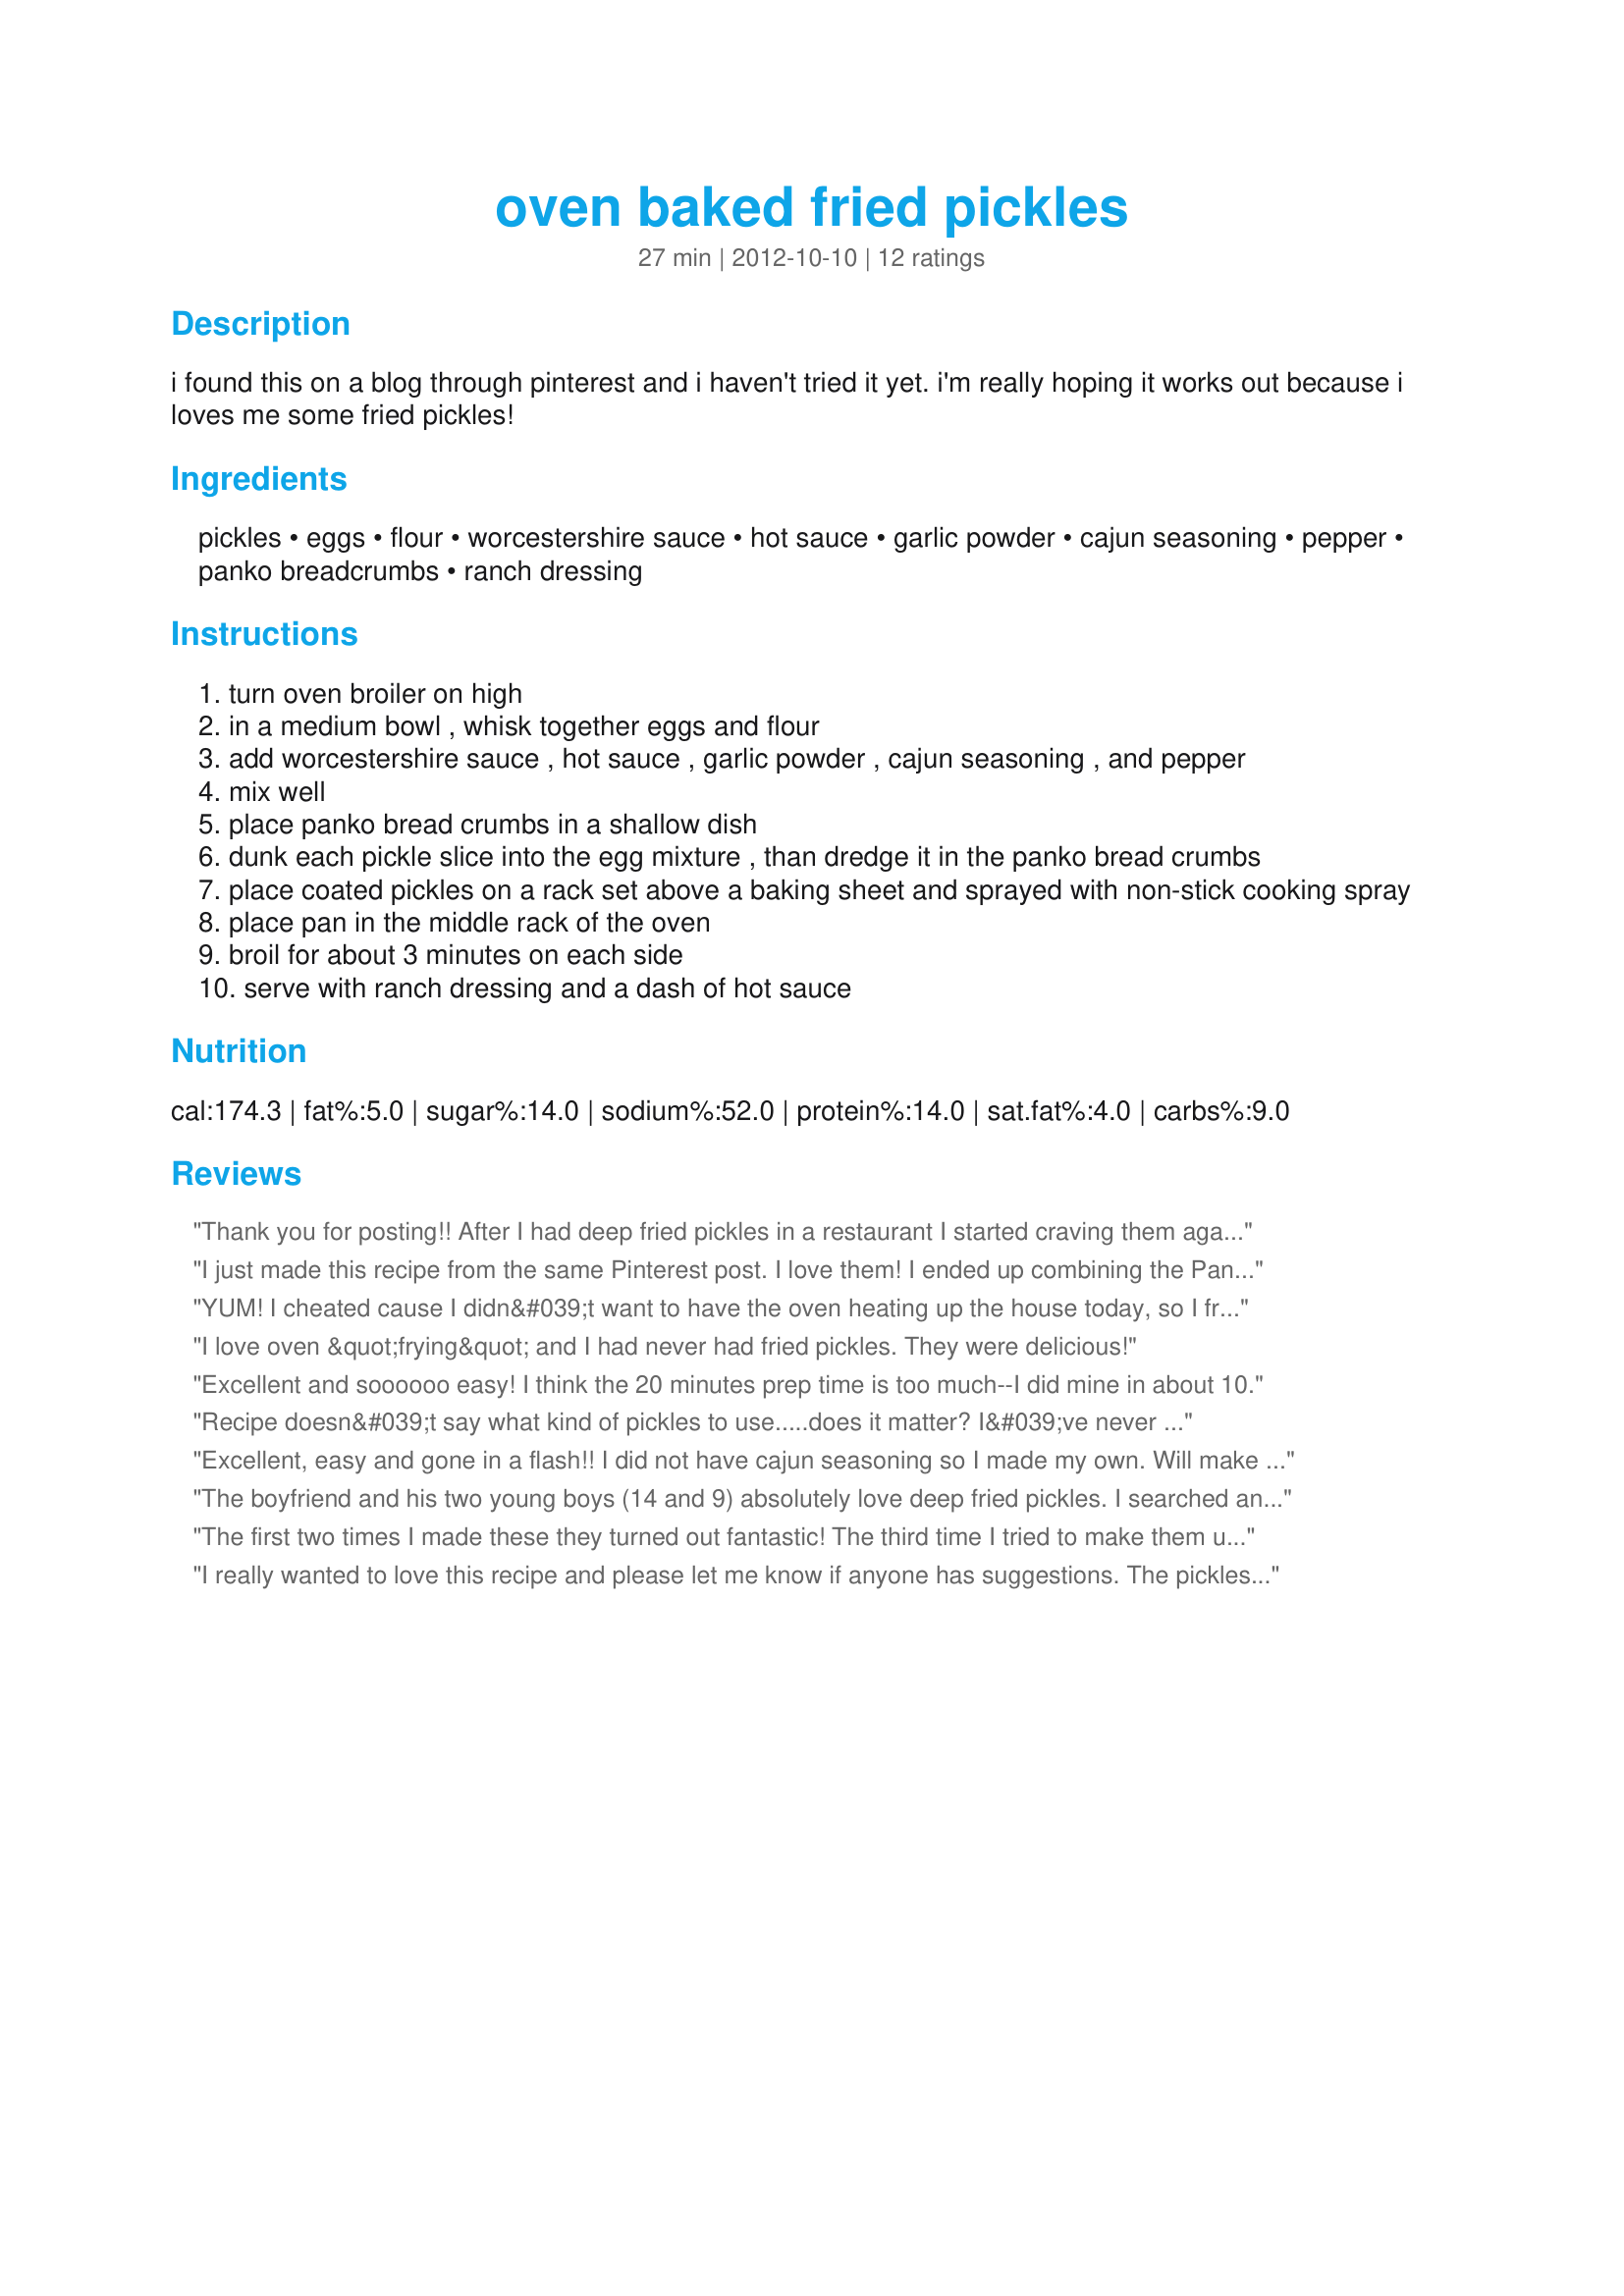
oven baked fried pickles
Preparation time: 27 minutes

i found this on a blog through pinterest and i haven't tried it yet. i'm really hoping it works out because i loves me some fried pickles!

Ingredients:
pickles, eggs, flour, worcestershire sauce, hot sauce, garlic powder, cajun seasoning, pepper, panko breadcrumbs, ranch dressing

Steps:
turn oven broiler on high
in a medium bowl , whisk together eggs and flour
add worcestershire sauce , hot sauce , garlic powder , cajun seasoning , and pepper
mix well
place panko bread crumbs in a shallow dish
dunk each pickle slice into the egg mixture , than dredge it in the panko bread crumbs
place coated pickles on a rack set above a baking sheet and sprayed with non-stick cooking spray
place pan in the middle rack of the oven
broil for about 3 minutes on each side
serve with ranch dressing and a dash of hot sauce

Reviews:
Thank you for posting!! After I had deep fried pickles in a restaurant I started craving them again...your recipe was wonderful! I will definitely be making it again.
I just made this recipe from the same Pinterest post. I love them! I ended up combining the Panko w/regular bread crumbs because the coating just didn't look very smooth. I think the smooth coating we are all used to on stuff like this comes from being immediately dipped into hot grease for actual frying. They taste great and will definitely serve them again. Excellent Football Sunday food.
YUM! I cheated cause I didn&#039;t want to have the oven heating up the house today, so I fried these in peanut oil instead. Kids are thrilled, because we hardly ever eat out so they don&#039;t get fried pickles very often. Now we can have them at home whenever we want. I did run out of panko so mixed flour and cornmeal and did some that way... in the deep fryer, those are equally delish... wouldn&#039;t work in the oven, tho. Thanks for sharing!
I love oven &quot;frying&quot; and I had never had fried pickles. They were delicious!
Excellent and soooooo easy! I think the 20 minutes prep time is too much--I did mine in about 10.
Recipe doesn&#039;t say what kind of pickles to use.....does it matter? I&#039;ve never had these but I assumed it was probably dill pickles.
Excellent, easy and gone in a flash!! I did not have cajun seasoning so I made my own. Will make again soon.
The boyfriend and his two young boys (14 and 9) absolutely love deep fried pickles. I searched and found this recipe and decided to give it a home-cooked healthy go. It was a smash! I added some parm to the breading and made it with a spicy mayo dipping sauce. A total to be repeated affair!
The first two times I made these they turned out fantastic! The third time I tried to make them using the same pickles I had nothing but trouble. The pickles would not pick up any of the flour egg batter. They were too slimy. What went wrong? They were SO good the first two times. I tried drying them off more and that didn't work. I even remade the egg batter and it was the same the second time. Also, I did not have panko crumbs the second time so I used regular shake and bake and it was much more crispy. Also, the first time I made them I baked them on a stone in my grill at 400F. I put them on a silpat on a cookie sheet on the rectangular pizza stone in my grill...I forgot how many minutes but I took them out when they looked right... didn't have to flip them... the bottoms were crisp too.
I really wanted to love this recipe and please let me know if anyone has suggestions. The pickles crisped up very well but the panko coating just seemed completely bland.
They turned out TERRIBLE for me! The egg mixture was like slime! it was awful!
These were delicious! Don't bother buying Cajun seasoning if you don't have it on hand. I just combined a different number of seasonings such as extra garlic, cayenne pepper, black pepper, salt, oregano, or whatever you want to add. I also added a little extra hot sauce to give them a little extra kick.
